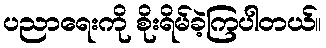
ပညာရေးကို စိုးရိမ်ခဲ့ကြပါတယ်။